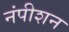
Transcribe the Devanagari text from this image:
नंपीशन